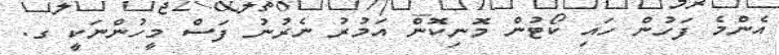
އެންމެ ފަހުން ހައި ކޯޓުން މޮނިކޮން އަމުރު ނެރުނު ފަސް މީހުންނަކީ ގ.